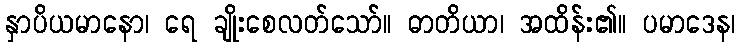
နှာပိယမာနော၊ ရေ ချိုးစေလတ်သော်။ ဓာတိယာ၊ အထိန်း၏။ ပမာဒေန၊